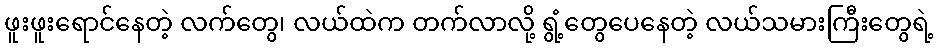
ဖူးဖူးရောင်နေတဲ့ လက်တွေ၊ လယ်ထဲက တက်လာလို့ ရွံ့တွေပေနေတဲ့ လယ်သမားကြီးတွေရဲ့